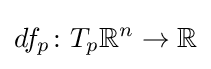
df_{p}\colon T_{p}\mathbb {R} ^{n}\to \mathbb {R}